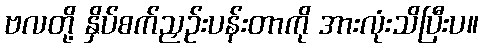
ဗလတို့ နှိပ်စက်ညှဉ်းပန်းတာကို အားလုံးသိပြီးပ။